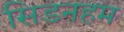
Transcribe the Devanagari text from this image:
सिडनहम